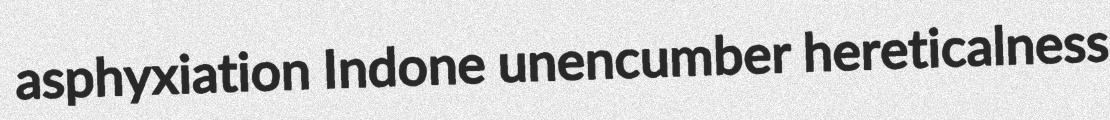
asphyxiation Indone unencumber hereticalness